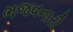
ભજવનારી